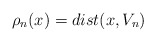
\begin{align*} \rho_n(x) = dist(x,V_n)\end{align*}